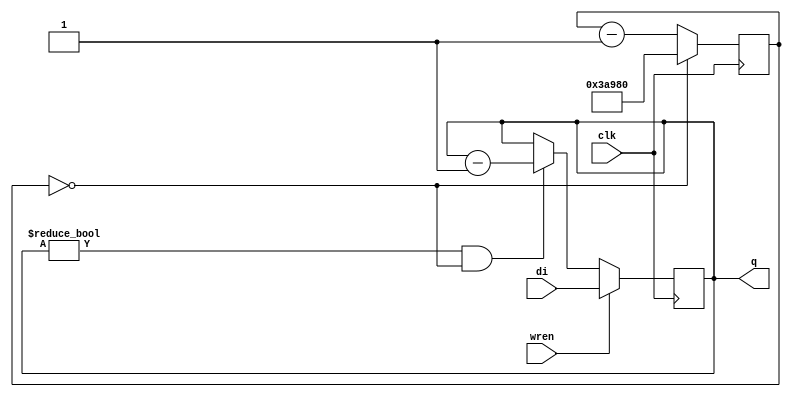
`default_nettype none
// ====================================================================
//                         VECTOR-06C FPGA REPLICA
//
// Copyright (C) 2007, Viacheslav Slavinsky
//
// This core is distributed under modified BSD license. 
// For complete licensing information see LICENSE.TXT.
// -------------------------------------------------------------------- 
//
// An open implementation of Vector-06C home computer
//
// 
// Design File: timer100hz.v
//
// A simple tick-tock timer with async load. 
// Used as a peripheral for the floppy CPU.
//
// --------------------------------------------------------------------

module timer100hz(clk, di, wren, q);
parameter MCLKFREQ = 24000000;

input 			clk;
input [7:0]		di;
input			wren;
output reg[7:0]	q;

reg [17:0] timerctr;

wire hz100 = timerctr == 0;

always @(posedge clk) begin
	if (timerctr == 0) 
		timerctr <= MCLKFREQ/100;
	else
		timerctr <= timerctr - 1'b1;
end

always @(posedge clk) begin
	if (wren) begin
		q <= di;
	end 
	else if (q != 0 && hz100) q <= q - 1'b1;
end

endmodule